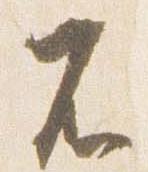
不